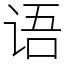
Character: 语